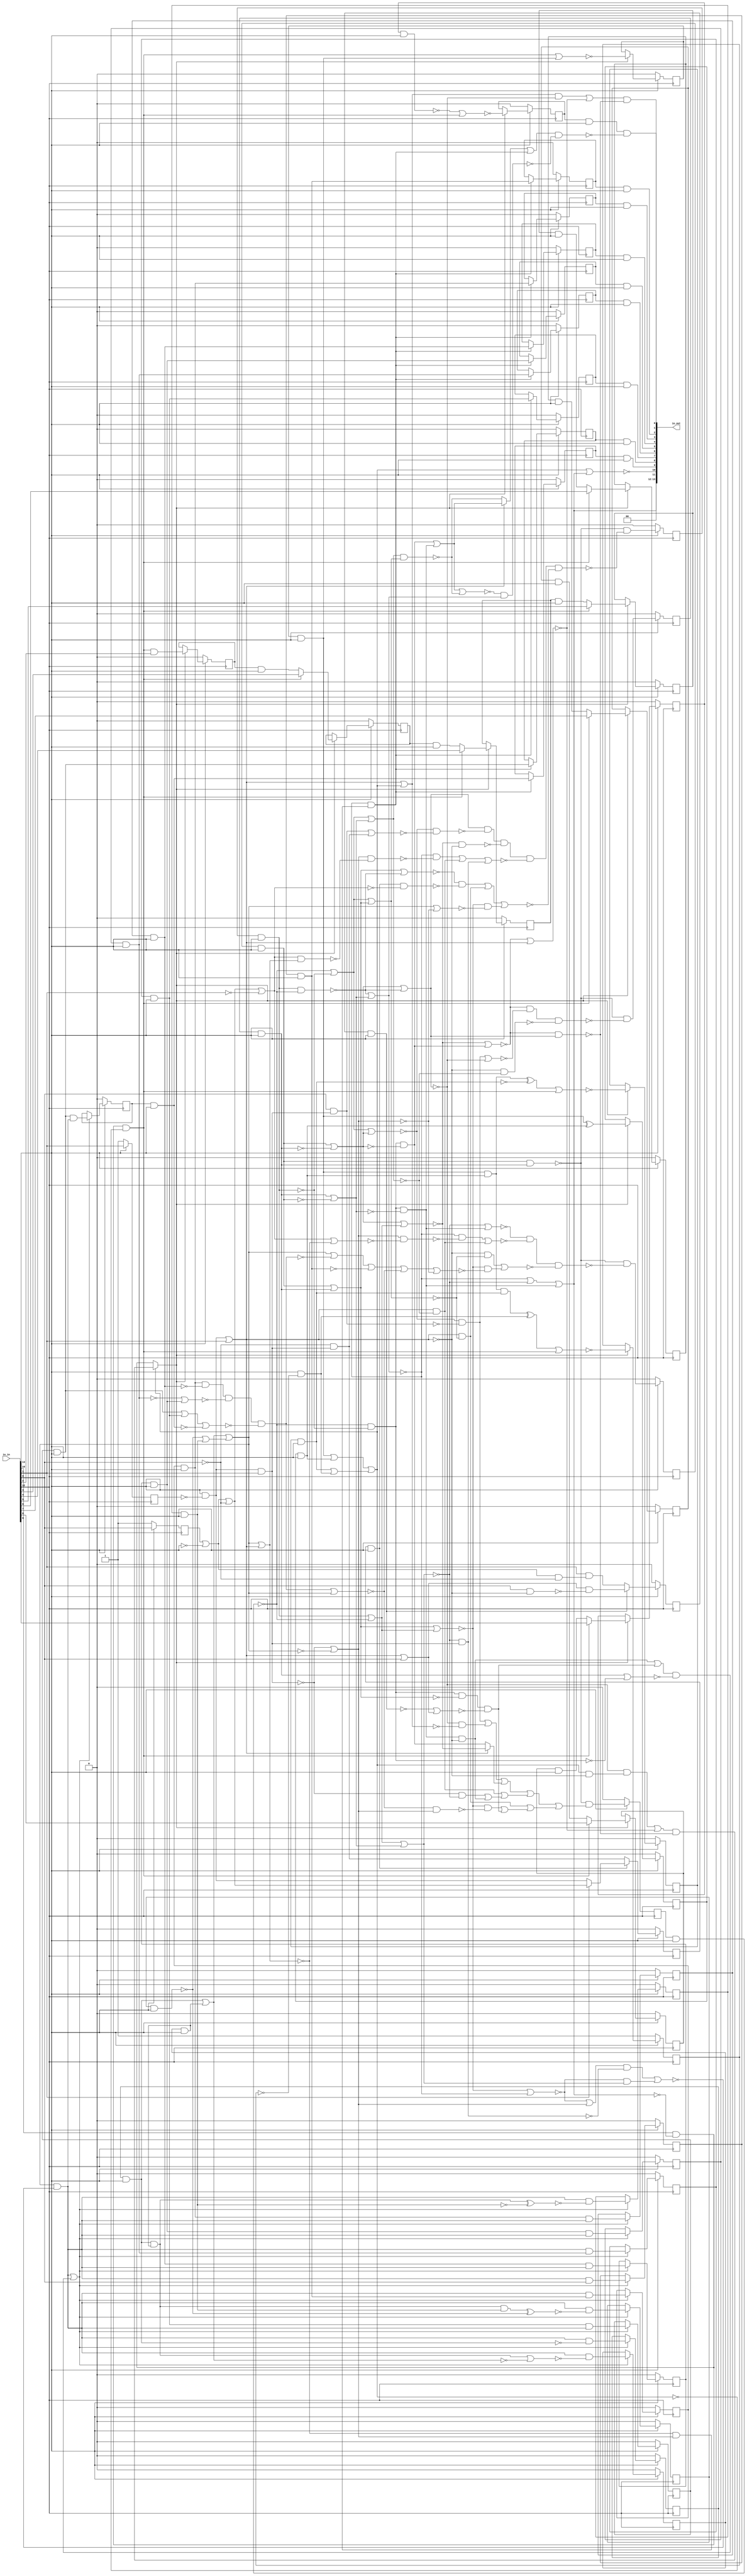
/* Generated by Yosys 0.36+3 (git sha1 a53032104, aarch64-apple-darwin20.2-clang 10.0.0-4ubuntu1 -fPIC -Os) */

/* top =  1  */
/* src = "d11_zhexic_i2cdriver/src/toplevel_chip.v:5.1-19.10" */
module d11_zhexic_i2cdriver(io_in, io_out);
  wire _000_;
  wire _001_;
  /* src = "d11_zhexic_i2cdriver/src/toplevel_chip.v:10.13-15.6|d11_zhexic_i2cdriver/src/chip.sv:205.10-206.73|d11_zhexic_i2cdriver/src/chip.sv:456.5-472.8|d11_zhexic_i2cdriver/src/chip.sv:10.15-13.53" */
  wire _002_;
  /* src = "d11_zhexic_i2cdriver/src/toplevel_chip.v:10.13-15.6|d11_zhexic_i2cdriver/src/chip.sv:205.10-206.73|d11_zhexic_i2cdriver/src/chip.sv:456.5-472.8|d11_zhexic_i2cdriver/src/chip.sv:10.15-13.53" */
  wire _003_;
  /* src = "d11_zhexic_i2cdriver/src/toplevel_chip.v:10.13-15.6|d11_zhexic_i2cdriver/src/chip.sv:205.10-206.73|d11_zhexic_i2cdriver/src/chip.sv:456.5-472.8|d11_zhexic_i2cdriver/src/chip.sv:10.15-13.53" */
  wire _004_;
  /* src = "d11_zhexic_i2cdriver/src/toplevel_chip.v:10.13-15.6|d11_zhexic_i2cdriver/src/chip.sv:205.10-206.73|d11_zhexic_i2cdriver/src/chip.sv:456.5-472.8|d11_zhexic_i2cdriver/src/chip.sv:10.15-13.53" */
  wire _005_;
  /* src = "d11_zhexic_i2cdriver/src/toplevel_chip.v:10.13-15.6|d11_zhexic_i2cdriver/src/chip.sv:205.10-206.73|d11_zhexic_i2cdriver/src/chip.sv:456.5-472.8|d11_zhexic_i2cdriver/src/chip.sv:10.15-13.53" */
  wire _006_;
  /* src = "d11_zhexic_i2cdriver/src/toplevel_chip.v:10.13-15.6|d11_zhexic_i2cdriver/src/chip.sv:205.10-206.73|d11_zhexic_i2cdriver/src/chip.sv:456.5-472.8|d11_zhexic_i2cdriver/src/chip.sv:10.15-13.53" */
  wire _007_;
  /* src = "d11_zhexic_i2cdriver/src/toplevel_chip.v:10.13-15.6|d11_zhexic_i2cdriver/src/chip.sv:205.10-206.73|d11_zhexic_i2cdriver/src/chip.sv:456.5-472.8|d11_zhexic_i2cdriver/src/chip.sv:10.15-13.53" */
  wire _008_;
  /* src = "d11_zhexic_i2cdriver/src/toplevel_chip.v:10.13-15.6|d11_zhexic_i2cdriver/src/chip.sv:205.10-206.73|d11_zhexic_i2cdriver/src/chip.sv:456.5-472.8|d11_zhexic_i2cdriver/src/chip.sv:10.15-13.53" */
  wire _009_;
  /* src = "d11_zhexic_i2cdriver/src/toplevel_chip.v:10.13-15.6|d11_zhexic_i2cdriver/src/chip.sv:205.10-206.73|d11_zhexic_i2cdriver/src/chip.sv:456.5-472.8|d11_zhexic_i2cdriver/src/chip.sv:10.15-13.53" */
  wire _010_;
  /* src = "d11_zhexic_i2cdriver/src/toplevel_chip.v:10.13-15.6|d11_zhexic_i2cdriver/src/chip.sv:205.10-206.73|d11_zhexic_i2cdriver/src/chip.sv:456.5-472.8|d11_zhexic_i2cdriver/src/chip.sv:10.15-13.53" */
  wire _011_;
  /* src = "d11_zhexic_i2cdriver/src/toplevel_chip.v:10.13-15.6|d11_zhexic_i2cdriver/src/chip.sv:205.10-206.73|d11_zhexic_i2cdriver/src/chip.sv:456.5-472.8|d11_zhexic_i2cdriver/src/chip.sv:10.15-13.53" */
  wire _012_;
  /* src = "d11_zhexic_i2cdriver/src/toplevel_chip.v:10.13-15.6|d11_zhexic_i2cdriver/src/chip.sv:205.10-206.73|d11_zhexic_i2cdriver/src/chip.sv:456.5-472.8|d11_zhexic_i2cdriver/src/chip.sv:10.15-13.53" */
  wire _013_;
  /* src = "d11_zhexic_i2cdriver/src/toplevel_chip.v:10.13-15.6|d11_zhexic_i2cdriver/src/chip.sv:205.10-206.73|d11_zhexic_i2cdriver/src/chip.sv:456.5-472.8|d11_zhexic_i2cdriver/src/chip.sv:10.15-13.53" */
  wire _014_;
  /* src = "d11_zhexic_i2cdriver/src/toplevel_chip.v:10.13-15.6|d11_zhexic_i2cdriver/src/chip.sv:193.10-194.71|d11_zhexic_i2cdriver/src/chip.sv:418.5-433.8|d11_zhexic_i2cdriver/src/chip.sv:10.15-13.53" */
  wire _015_;
  /* src = "d11_zhexic_i2cdriver/src/toplevel_chip.v:10.13-15.6|d11_zhexic_i2cdriver/src/chip.sv:193.10-194.71|d11_zhexic_i2cdriver/src/chip.sv:418.5-433.8|d11_zhexic_i2cdriver/src/chip.sv:10.15-13.53" */
  wire _016_;
  /* src = "d11_zhexic_i2cdriver/src/toplevel_chip.v:10.13-15.6|d11_zhexic_i2cdriver/src/chip.sv:193.10-194.71|d11_zhexic_i2cdriver/src/chip.sv:418.5-433.8|d11_zhexic_i2cdriver/src/chip.sv:10.15-13.53" */
  wire _017_;
  /* src = "d11_zhexic_i2cdriver/src/toplevel_chip.v:10.13-15.6|d11_zhexic_i2cdriver/src/chip.sv:193.10-194.71|d11_zhexic_i2cdriver/src/chip.sv:418.5-433.8|d11_zhexic_i2cdriver/src/chip.sv:10.15-13.53" */
  wire _018_;
  /* src = "d11_zhexic_i2cdriver/src/toplevel_chip.v:10.13-15.6|d11_zhexic_i2cdriver/src/chip.sv:193.10-194.71|d11_zhexic_i2cdriver/src/chip.sv:418.5-433.8|d11_zhexic_i2cdriver/src/chip.sv:10.15-13.53" */
  wire _019_;
  /* src = "d11_zhexic_i2cdriver/src/toplevel_chip.v:10.13-15.6|d11_zhexic_i2cdriver/src/chip.sv:193.10-194.71|d11_zhexic_i2cdriver/src/chip.sv:418.5-433.8|d11_zhexic_i2cdriver/src/chip.sv:10.15-13.53" */
  wire _020_;
  /* src = "d11_zhexic_i2cdriver/src/toplevel_chip.v:10.13-15.6|d11_zhexic_i2cdriver/src/chip.sv:193.10-194.71|d11_zhexic_i2cdriver/src/chip.sv:418.5-433.8|d11_zhexic_i2cdriver/src/chip.sv:10.15-13.53" */
  wire _021_;
  /* src = "d11_zhexic_i2cdriver/src/toplevel_chip.v:10.13-15.6|d11_zhexic_i2cdriver/src/chip.sv:193.10-194.71|d11_zhexic_i2cdriver/src/chip.sv:418.5-433.8|d11_zhexic_i2cdriver/src/chip.sv:10.15-13.53" */
  wire _022_;
  /* src = "d11_zhexic_i2cdriver/src/toplevel_chip.v:10.13-15.6|d11_zhexic_i2cdriver/src/chip.sv:193.10-194.71|d11_zhexic_i2cdriver/src/chip.sv:418.5-433.8|d11_zhexic_i2cdriver/src/chip.sv:10.15-13.53" */
  wire _023_;
  /* src = "d11_zhexic_i2cdriver/src/toplevel_chip.v:10.13-15.6|d11_zhexic_i2cdriver/src/chip.sv:193.10-194.71|d11_zhexic_i2cdriver/src/chip.sv:418.5-433.8|d11_zhexic_i2cdriver/src/chip.sv:10.15-13.53" */
  wire _024_;
  /* src = "d11_zhexic_i2cdriver/src/toplevel_chip.v:10.13-15.6|d11_zhexic_i2cdriver/src/chip.sv:193.10-194.71|d11_zhexic_i2cdriver/src/chip.sv:418.5-433.8|d11_zhexic_i2cdriver/src/chip.sv:10.15-13.53" */
  wire _025_;
  /* src = "d11_zhexic_i2cdriver/src/toplevel_chip.v:10.13-15.6|d11_zhexic_i2cdriver/src/chip.sv:193.10-194.71|d11_zhexic_i2cdriver/src/chip.sv:418.5-433.8|d11_zhexic_i2cdriver/src/chip.sv:10.15-13.53" */
  wire _026_;
  reg _027_;
  reg _028_;
  reg _029_;
  reg _030_;
  reg _031_;
  reg _032_;
  reg _033_;
  reg _034_;
  reg _035_;
  reg _036_;
  reg _037_;
  reg _038_;
  reg _039_;
  reg _040_;
  reg _041_;
  reg _042_;
  reg _043_;
  reg _044_;
  reg _045_;
  reg _046_;
  reg _047_;
  reg _048_;
  reg _049_;
  reg _050_;
  reg _051_;
  reg _052_;
  reg _053_;
  reg _054_;
  reg _055_;
  reg _056_;
  reg _057_;
  reg _058_;
  reg _059_;
  reg _060_;
  reg _061_;
  reg _062_;
  reg _063_;
  reg _064_;
  reg _065_;
  reg _066_;
  reg _067_;
  wire _068_;
  wire _069_;
  wire _070_;
  wire _071_;
  wire _072_;
  wire _073_;
  wire _074_;
  wire _075_;
  wire _076_;
  wire _077_;
  wire _078_;
  wire _079_;
  wire _080_;
  wire _081_;
  wire _082_;
  wire _083_;
  wire _084_;
  wire _085_;
  wire _086_;
  wire _087_;
  wire _088_;
  wire _089_;
  wire _090_;
  wire _091_;
  wire _092_;
  wire _093_;
  wire _094_;
  wire _095_;
  wire _096_;
  wire _097_;
  wire _098_;
  wire _099_;
  wire _100_;
  wire _101_;
  wire _102_;
  wire _103_;
  wire _104_;
  wire _105_;
  wire _106_;
  wire _107_;
  wire _108_;
  wire _109_;
  wire _110_;
  wire _111_;
  wire _112_;
  wire _113_;
  wire _114_;
  wire _115_;
  wire _116_;
  wire _117_;
  wire _118_;
  wire _119_;
  wire _120_;
  wire _121_;
  wire _122_;
  wire _123_;
  wire _124_;
  wire _125_;
  wire _126_;
  wire _127_;
  wire _128_;
  wire _129_;
  wire _130_;
  wire _131_;
  wire _132_;
  wire _133_;
  wire _134_;
  wire _135_;
  wire _136_;
  wire _137_;
  wire _138_;
  wire _139_;
  wire _140_;
  wire _141_;
  wire _142_;
  wire _143_;
  wire _144_;
  wire _145_;
  wire _146_;
  wire _147_;
  wire _148_;
  wire _149_;
  wire _150_;
  wire _151_;
  wire _152_;
  wire _153_;
  wire _154_;
  wire _155_;
  wire _156_;
  wire _157_;
  wire _158_;
  wire _159_;
  wire _160_;
  wire _161_;
  wire _162_;
  wire _163_;
  wire _164_;
  wire _165_;
  wire _166_;
  wire _167_;
  wire _168_;
  wire _169_;
  wire _170_;
  wire _171_;
  wire _172_;
  wire _173_;
  wire _174_;
  wire _175_;
  wire _176_;
  wire _177_;
  wire _178_;
  wire _179_;
  wire _180_;
  wire _181_;
  wire _182_;
  wire _183_;
  wire _184_;
  wire _185_;
  wire _186_;
  wire _187_;
  wire _188_;
  wire _189_;
  wire _190_;
  wire _191_;
  wire _192_;
  wire _193_;
  wire _194_;
  wire _195_;
  wire _196_;
  wire _197_;
  wire _198_;
  wire _199_;
  wire _200_;
  wire _201_;
  wire _202_;
  wire _203_;
  wire _204_;
  wire _205_;
  wire _206_;
  wire _207_;
  wire _208_;
  wire _209_;
  wire _210_;
  wire _211_;
  wire _212_;
  wire _213_;
  wire _214_;
  wire _215_;
  wire _216_;
  wire _217_;
  wire _218_;
  wire _219_;
  wire _220_;
  wire _221_;
  wire _222_;
  wire _223_;
  wire _224_;
  wire _225_;
  wire _226_;
  wire _227_;
  wire _228_;
  wire _229_;
  wire _230_;
  wire _231_;
  wire _232_;
  wire _233_;
  wire _234_;
  wire _235_;
  wire _236_;
  wire _237_;
  wire _238_;
  wire _239_;
  wire _240_;
  wire _241_;
  wire _242_;
  wire _243_;
  /* src = "d11_zhexic_i2cdriver/src/toplevel_chip.v:6.18-6.23" */
  input [13:0] io_in;
  wire [13:0] io_in;
  /* src = "d11_zhexic_i2cdriver/src/toplevel_chip.v:7.19-7.25" */
  output [13:0] io_out;
  wire [13:0] io_out;
  /* hdlname = "mchip clock" */
  /* src = "d11_zhexic_i2cdriver/src/toplevel_chip.v:10.13-15.6|d11_zhexic_i2cdriver/src/chip.sv:6.17-6.22" */
  wire \mchip.clock ;
  /* hdlname = "mchip io_in" */
  /* src = "d11_zhexic_i2cdriver/src/toplevel_chip.v:10.13-15.6|d11_zhexic_i2cdriver/src/chip.sv:4.24-4.29" */
  /* unused_bits = "11" */
  wire [11:0] \mchip.io_in ;
  /* hdlname = "mchip io_out" */
  /* src = "d11_zhexic_i2cdriver/src/toplevel_chip.v:10.13-15.6|d11_zhexic_i2cdriver/src/chip.sv:5.25-5.31" */
  wire [11:0] \mchip.io_out ;
  /* hdlname = "mchip reset" */
  /* src = "d11_zhexic_i2cdriver/src/toplevel_chip.v:10.13-15.6|d11_zhexic_i2cdriver/src/chip.sv:7.17-7.22" */
  wire \mchip.reset ;
  /* hdlname = "mchip slv SCL" */
  /* src = "d11_zhexic_i2cdriver/src/toplevel_chip.v:10.13-15.6|d11_zhexic_i2cdriver/src/chip.sv:24.18-24.21|d11_zhexic_i2cdriver/src/chip.sv:10.15-13.53" */
  wire \mchip.slv.SCL ;
  /* hdlname = "mchip slv SDA_in" */
  /* src = "d11_zhexic_i2cdriver/src/toplevel_chip.v:10.13-15.6|d11_zhexic_i2cdriver/src/chip.sv:22.18-22.24|d11_zhexic_i2cdriver/src/chip.sv:10.15-13.53" */
  wire \mchip.slv.SDA_in ;
  /* hdlname = "mchip slv SDA_out" */
  /* src = "d11_zhexic_i2cdriver/src/toplevel_chip.v:10.13-15.6|d11_zhexic_i2cdriver/src/chip.sv:23.18-23.25|d11_zhexic_i2cdriver/src/chip.sv:10.15-13.53" */
  wire \mchip.slv.SDA_out ;
  /* hdlname = "mchip slv clock" */
  /* src = "d11_zhexic_i2cdriver/src/toplevel_chip.v:10.13-15.6|d11_zhexic_i2cdriver/src/chip.sv:19.17-19.22|d11_zhexic_i2cdriver/src/chip.sv:10.15-13.53" */
  wire \mchip.slv.clock ;
  /* hdlname = "mchip slv data_in" */
  /* src = "d11_zhexic_i2cdriver/src/toplevel_chip.v:10.13-15.6|d11_zhexic_i2cdriver/src/chip.sv:28.24-28.31|d11_zhexic_i2cdriver/src/chip.sv:10.15-13.53" */
  wire [7:0] \mchip.slv.data_in ;
  /* hdlname = "mchip slv data_incoming" */
  /* src = "d11_zhexic_i2cdriver/src/toplevel_chip.v:10.13-15.6|d11_zhexic_i2cdriver/src/chip.sv:32.19-32.32|d11_zhexic_i2cdriver/src/chip.sv:10.15-13.53" */
  wire \mchip.slv.data_incoming ;
  /* hdlname = "mchip slv data_out" */
  /* src = "d11_zhexic_i2cdriver/src/toplevel_chip.v:10.13-15.6|d11_zhexic_i2cdriver/src/chip.sv:29.24-29.32|d11_zhexic_i2cdriver/src/chip.sv:10.15-13.53" */
  wire [7:0] \mchip.slv.data_out ;
  /* enum_type = "$enum4" */
  /* hdlname = "mchip slv nextstate" */
  /* src = "d11_zhexic_i2cdriver/src/toplevel_chip.v:10.13-15.6|d11_zhexic_i2cdriver/src/chip.sv:233.30-233.39|d11_zhexic_i2cdriver/src/chip.sv:10.15-13.53" */
  wire [3:0] \mchip.slv.nextstate ;
  /* hdlname = "mchip slv r1w0" */
  /* src = "d11_zhexic_i2cdriver/src/toplevel_chip.v:10.13-15.6|d11_zhexic_i2cdriver/src/chip.sv:212.11-212.15|d11_zhexic_i2cdriver/src/chip.sv:10.15-13.53" */
  wire \mchip.slv.r1w0 ;
  /* hdlname = "mchip slv register_out" */
  /* src = "d11_zhexic_i2cdriver/src/toplevel_chip.v:10.13-15.6|d11_zhexic_i2cdriver/src/chip.sv:197.17-197.29|d11_zhexic_i2cdriver/src/chip.sv:10.15-13.53" */
  wire [7:0] \mchip.slv.register_out ;
  /* hdlname = "mchip slv reset" */
  /* src = "d11_zhexic_i2cdriver/src/toplevel_chip.v:10.13-15.6|d11_zhexic_i2cdriver/src/chip.sv:19.24-19.29|d11_zhexic_i2cdriver/src/chip.sv:10.15-13.53" */
  wire \mchip.slv.reset ;
  /* hdlname = "mchip slv scl_high" */
  /* src = "d11_zhexic_i2cdriver/src/toplevel_chip.v:10.13-15.6|d11_zhexic_i2cdriver/src/chip.sv:42.31-42.39|d11_zhexic_i2cdriver/src/chip.sv:10.15-13.53" */
  wire \mchip.slv.scl_high ;
  /* enum_type = "$enum0" */
  /* hdlname = "mchip slv scl_nextstate" */
  /* src = "d11_zhexic_i2cdriver/src/toplevel_chip.v:10.13-15.6|d11_zhexic_i2cdriver/src/chip.sv:41.40-41.53|d11_zhexic_i2cdriver/src/chip.sv:10.15-13.53" */
  wire \mchip.slv.scl_nextstate ;
  /* hdlname = "mchip slv sda_high" */
  /* src = "d11_zhexic_i2cdriver/src/toplevel_chip.v:10.13-15.6|d11_zhexic_i2cdriver/src/chip.sv:45.31-45.39|d11_zhexic_i2cdriver/src/chip.sv:10.15-13.53" */
  wire \mchip.slv.sda_high ;
  /* enum_type = "$enum1" */
  /* hdlname = "mchip slv sda_nextstate" */
  /* src = "d11_zhexic_i2cdriver/src/toplevel_chip.v:10.13-15.6|d11_zhexic_i2cdriver/src/chip.sv:44.40-44.53|d11_zhexic_i2cdriver/src/chip.sv:10.15-13.53" */
  wire \mchip.slv.sda_nextstate ;
  /* hdlname = "mchip slv sipo_out" */
  /* src = "d11_zhexic_i2cdriver/src/toplevel_chip.v:10.13-15.6|d11_zhexic_i2cdriver/src/chip.sv:191.17-191.25|d11_zhexic_i2cdriver/src/chip.sv:10.15-13.53" */
  wire [7:0] \mchip.slv.sipo_out ;
  /* enum_type = "$enum2" */
  /* hdlname = "mchip slv start_nextstate" */
  /* src = "d11_zhexic_i2cdriver/src/toplevel_chip.v:10.13-15.6|d11_zhexic_i2cdriver/src/chip.sv:47.51-47.66|d11_zhexic_i2cdriver/src/chip.sv:10.15-13.53" */
  wire \mchip.slv.start_nextstate ;
  /* enum_type = "$enum3" */
  /* hdlname = "mchip slv stop_nextstate" */
  /* src = "d11_zhexic_i2cdriver/src/toplevel_chip.v:10.13-15.6|d11_zhexic_i2cdriver/src/chip.sv:50.49-50.63|d11_zhexic_i2cdriver/src/chip.sv:10.15-13.53" */
  wire \mchip.slv.stop_nextstate ;
  /* hdlname = "mchip slv store" */
  /* src = "d11_zhexic_i2cdriver/src/toplevel_chip.v:10.13-15.6|d11_zhexic_i2cdriver/src/chip.sv:196.11-196.16|d11_zhexic_i2cdriver/src/chip.sv:10.15-13.53" */
  wire \mchip.slv.store ;
  /* hdlname = "mchip slv the_piso clock" */
  /* src = "d11_zhexic_i2cdriver/src/toplevel_chip.v:10.13-15.6|d11_zhexic_i2cdriver/src/chip.sv:205.10-206.73|d11_zhexic_i2cdriver/src/chip.sv:439.29-439.34|d11_zhexic_i2cdriver/src/chip.sv:10.15-13.53" */
  wire \mchip.slv.the_piso.clock ;
  /* hdlname = "mchip slv the_piso data_in" */
  /* src = "d11_zhexic_i2cdriver/src/toplevel_chip.v:10.13-15.6|d11_zhexic_i2cdriver/src/chip.sv:205.10-206.73|d11_zhexic_i2cdriver/src/chip.sv:438.24-438.31|d11_zhexic_i2cdriver/src/chip.sv:10.15-13.53" */
  wire [7:0] \mchip.slv.the_piso.data_in ;
  /* hdlname = "mchip slv the_piso reset" */
  /* src = "d11_zhexic_i2cdriver/src/toplevel_chip.v:10.13-15.6|d11_zhexic_i2cdriver/src/chip.sv:205.10-206.73|d11_zhexic_i2cdriver/src/chip.sv:439.36-439.41|d11_zhexic_i2cdriver/src/chip.sv:10.15-13.53" */
  wire \mchip.slv.the_piso.reset ;
  /* hdlname = "mchip slv the_reg clock" */
  /* src = "d11_zhexic_i2cdriver/src/toplevel_chip.v:10.13-15.6|d11_zhexic_i2cdriver/src/chip.sv:199.14-200.38|d11_zhexic_i2cdriver/src/chip.sv:481.29-481.34|d11_zhexic_i2cdriver/src/chip.sv:10.15-13.53" */
  wire \mchip.slv.the_reg.clock ;
  /* hdlname = "mchip slv the_reg enable" */
  /* src = "d11_zhexic_i2cdriver/src/toplevel_chip.v:10.13-15.6|d11_zhexic_i2cdriver/src/chip.sv:199.14-200.38|d11_zhexic_i2cdriver/src/chip.sv:482.29-482.35|d11_zhexic_i2cdriver/src/chip.sv:10.15-13.53" */
  wire \mchip.slv.the_reg.enable ;
  /* hdlname = "mchip slv the_reg in" */
  /* src = "d11_zhexic_i2cdriver/src/toplevel_chip.v:10.13-15.6|d11_zhexic_i2cdriver/src/chip.sv:199.14-200.38|d11_zhexic_i2cdriver/src/chip.sv:479.29-479.31|d11_zhexic_i2cdriver/src/chip.sv:10.15-13.53" */
  wire [7:0] \mchip.slv.the_reg.in ;
  /* hdlname = "mchip slv the_reg out" */
  /* src = "d11_zhexic_i2cdriver/src/toplevel_chip.v:10.13-15.6|d11_zhexic_i2cdriver/src/chip.sv:199.14-200.38|d11_zhexic_i2cdriver/src/chip.sv:480.29-480.32|d11_zhexic_i2cdriver/src/chip.sv:10.15-13.53" */
  wire [7:0] \mchip.slv.the_reg.out ;
  /* hdlname = "mchip slv the_reg reset" */
  /* src = "d11_zhexic_i2cdriver/src/toplevel_chip.v:10.13-15.6|d11_zhexic_i2cdriver/src/chip.sv:199.14-200.38|d11_zhexic_i2cdriver/src/chip.sv:481.36-481.41|d11_zhexic_i2cdriver/src/chip.sv:10.15-13.53" */
  wire \mchip.slv.the_reg.reset ;
  /* hdlname = "mchip slv the_sipo clock" */
  /* src = "d11_zhexic_i2cdriver/src/toplevel_chip.v:10.13-15.6|d11_zhexic_i2cdriver/src/chip.sv:193.10-194.71|d11_zhexic_i2cdriver/src/chip.sv:408.29-408.34|d11_zhexic_i2cdriver/src/chip.sv:10.15-13.53" */
  wire \mchip.slv.the_sipo.clock ;
  /* hdlname = "mchip slv the_sipo data_in" */
  /* src = "d11_zhexic_i2cdriver/src/toplevel_chip.v:10.13-15.6|d11_zhexic_i2cdriver/src/chip.sv:193.10-194.71|d11_zhexic_i2cdriver/src/chip.sv:407.29-407.36|d11_zhexic_i2cdriver/src/chip.sv:10.15-13.53" */
  wire \mchip.slv.the_sipo.data_in ;
  /* hdlname = "mchip slv the_sipo out" */
  /* src = "d11_zhexic_i2cdriver/src/toplevel_chip.v:10.13-15.6|d11_zhexic_i2cdriver/src/chip.sv:193.10-194.71|d11_zhexic_i2cdriver/src/chip.sv:410.29-410.32|d11_zhexic_i2cdriver/src/chip.sv:10.15-13.53" */
  wire [7:0] \mchip.slv.the_sipo.out ;
  /* hdlname = "mchip slv the_sipo reset" */
  /* src = "d11_zhexic_i2cdriver/src/toplevel_chip.v:10.13-15.6|d11_zhexic_i2cdriver/src/chip.sv:193.10-194.71|d11_zhexic_i2cdriver/src/chip.sv:408.36-408.41|d11_zhexic_i2cdriver/src/chip.sv:10.15-13.53" */
  wire \mchip.slv.the_sipo.reset ;
  /* hdlname = "mchip slv wr_down" */
  /* src = "d11_zhexic_i2cdriver/src/toplevel_chip.v:10.13-15.6|d11_zhexic_i2cdriver/src/chip.sv:30.27-30.34|d11_zhexic_i2cdriver/src/chip.sv:10.15-13.53" */
  wire \mchip.slv.wr_down ;
  /* hdlname = "mchip slv wr_up" */
  /* src = "d11_zhexic_i2cdriver/src/toplevel_chip.v:10.13-15.6|d11_zhexic_i2cdriver/src/chip.sv:25.18-25.23|d11_zhexic_i2cdriver/src/chip.sv:10.15-13.53" */
  wire \mchip.slv.wr_up ;
  /* hdlname = "mchip slv writeOK" */
  /* src = "d11_zhexic_i2cdriver/src/toplevel_chip.v:10.13-15.6|d11_zhexic_i2cdriver/src/chip.sv:30.18-30.25|d11_zhexic_i2cdriver/src/chip.sv:10.15-13.53" */
  wire \mchip.slv.writeOK ;
  assign _068_ = ~(_028_ & io_in[13]);
  assign _069_ = _029_ & io_in[13];
  assign _070_ = _068_ & ~(_069_);
  assign _071_ = _031_ & io_in[13];
  assign _072_ = _030_ & io_in[13];
  assign _073_ = _071_ | ~(_072_);
  assign _074_ = _070_ & ~(_073_);
  assign _075_ = _069_ | _068_;
  assign _076_ = ~(_075_ | _073_);
  assign _077_ = ~(_069_ & _068_);
  assign _078_ = ~(_077_ | _073_);
  assign _079_ = _078_ | _076_;
  assign \mchip.slv.wr_down  = _079_ | _074_;
  assign _080_ = io_in[10] & ~(\mchip.slv.wr_down );
  assign _081_ = io_in[13] & ~(_062_);
  assign _082_ = _061_ & io_in[13];
  assign _083_ = _082_ | _081_;
  assign _084_ = _060_ & io_in[13];
  assign _085_ = _059_ & io_in[13];
  assign _086_ = _085_ | _084_;
  assign _087_ = _086_ | _083_;
  assign _088_ = io_in[13] & ~(_027_);
  assign _089_ = _088_ | io_in[1];
  assign _090_ = _072_ | ~(_071_);
  assign _091_ = _070_ & ~(_090_);
  assign _092_ = ~(_090_ | _075_);
  assign _093_ = ~(_092_ | _091_);
  assign _094_ = ~(_093_ | _089_);
  assign _095_ = _087_ & ~(_089_);
  assign _096_ = ~(_090_ | _077_);
  assign _097_ = _096_ & _095_;
  assign _098_ = _097_ | _094_;
  assign _099_ = _093_ & ~(_096_);
  assign _100_ = _098_ & ~(_099_);
  assign _001_ = _087_ ? _100_ : _080_;
  assign _101_ = _066_ & io_in[13];
  assign _102_ = ~(_067_ & io_in[13]);
  assign _103_ = _102_ | _101_;
  assign _104_ = _065_ & io_in[13];
  assign _105_ = _064_ & io_in[13];
  assign _106_ = _105_ | _104_;
  assign _107_ = _106_ | _103_;
  assign _108_ = ~(_088_ & io_in[1]);
  assign _109_ = _108_ | ~(_107_);
  assign _110_ = ~(_107_ | _089_);
  assign _111_ = ~(_110_ & _109_);
  assign \mchip.slv.store  = _078_ & ~(_111_);
  assign _112_ = _072_ | _071_;
  assign _113_ = _070_ & ~(_112_);
  assign _114_ = _089_ | io_in[0];
  assign _115_ = ~(_033_ & io_in[13]);
  assign _116_ = _115_ | _114_;
  assign _117_ = _113_ & ~(_116_);
  assign _118_ = _074_ & ~(_089_);
  assign _119_ = _118_ | _117_;
  assign _120_ = _071_ | ~(_070_);
  assign _121_ = _119_ & ~(_120_);
  assign _122_ = ~(_112_ | _075_);
  assign _123_ = ~(_122_ | _078_);
  assign _124_ = _123_ & ~(_076_);
  assign _125_ = _123_ | _109_;
  assign _126_ = _076_ & ~(_108_);
  assign _127_ = _125_ & ~(_126_);
  assign _128_ = _127_ | _124_;
  assign _129_ = _107_ & ~(_128_);
  assign _000_ = _129_ | _121_;
  assign _130_ = _063_ & io_in[13];
  assign _131_ = ~_089_;
  assign _132_ = _068_ | ~(_069_);
  assign _133_ = _132_ | _112_;
  assign _134_ = _132_ | _073_;
  assign _135_ = ~(_134_ & _133_);
  assign _136_ = _091_ | _074_;
  assign _137_ = _089_ ? _136_ : _135_;
  assign _138_ = _137_ | \mchip.slv.store ;
  assign _139_ = ~(_136_ | _135_);
  assign _140_ = _139_ & ~(_078_);
  assign _141_ = _138_ & ~(_140_);
  assign \mchip.slv.SDA_out  = _130_ & ~(_141_);
  assign _142_ = ~io_in[0];
  assign _143_ = _142_ & ~(_108_);
  assign _144_ = _032_ & io_in[13];
  assign _145_ = _034_ | ~(io_in[13]);
  assign _146_ = _145_ | _142_;
  assign _147_ = io_in[1] ? _146_ : _088_;
  assign \mchip.slv.stop_nextstate  = _144_ ? _147_ : _143_;
  assign _148_ = ~(_145_ & _142_);
  assign _149_ = io_in[1] & ~(_148_);
  assign _150_ = io_in[0] & ~(_089_);
  assign _151_ = _114_ & ~(_150_);
  assign \mchip.slv.start_nextstate  = _115_ ? _149_ : _151_;
  assign _019_ = _129_ & ~(_142_);
  assign _152_ = ~(_035_ & io_in[13]);
  assign \mchip.slv.r1w0  = ~_152_;
  assign _020_ = _129_ & ~(_152_);
  assign \mchip.slv.the_sipo.out [1] = _036_ & io_in[13];
  assign _021_ = \mchip.slv.the_sipo.out [1] & _129_;
  assign \mchip.slv.the_sipo.out [2] = _037_ & io_in[13];
  assign _022_ = \mchip.slv.the_sipo.out [2] & _129_;
  assign \mchip.slv.the_sipo.out [3] = _038_ & io_in[13];
  assign _023_ = \mchip.slv.the_sipo.out [3] & _129_;
  assign _153_ = ~(_039_ & io_in[13]);
  assign \mchip.slv.the_sipo.out [4] = ~_153_;
  assign _024_ = _129_ & ~(_153_);
  assign \mchip.slv.the_sipo.out [5] = _040_ & io_in[13];
  assign _025_ = \mchip.slv.the_sipo.out [5] & _129_;
  assign \mchip.slv.the_sipo.out [6] = _041_ & io_in[13];
  assign _026_ = \mchip.slv.the_sipo.out [6] & _129_;
  assign _015_ = _129_ & ~(_105_);
  assign _154_ = _105_ & _104_;
  assign _155_ = _154_ | ~(_106_);
  assign _016_ = _129_ & ~(_155_);
  assign _156_ = ~_101_;
  assign _157_ = _154_ ^ _156_;
  assign _017_ = _129_ & ~(_157_);
  assign _158_ = _154_ & ~(_156_);
  assign _159_ = _158_ ^ _102_;
  assign _018_ = _129_ & ~(_159_);
  assign _160_ = _080_ & ~(_087_);
  assign _161_ = ~(_058_ & io_in[13]);
  assign _006_ = ~(_161_ | _160_);
  assign _002_ = ~(_160_ | _085_);
  assign _003_ = _085_ ^ _084_;
  assign _162_ = ~_082_;
  assign _163_ = _085_ & _084_;
  assign _164_ = _163_ ^ _162_;
  assign _004_ = ~(_164_ | _160_);
  assign _165_ = _163_ & ~(_162_);
  assign _166_ = _165_ ^ _081_;
  assign _005_ = ~(_166_ | _160_);
  assign _007_ = _160_ & io_in[2];
  assign _167_ = _051_ & io_in[13];
  assign _008_ = _160_ ? io_in[3] : _167_;
  assign _168_ = _052_ & io_in[13];
  assign _009_ = _160_ ? io_in[4] : _168_;
  assign _169_ = _053_ & io_in[13];
  assign _010_ = _160_ ? io_in[5] : _169_;
  assign _170_ = _054_ & io_in[13];
  assign _011_ = _160_ ? io_in[6] : _170_;
  assign _171_ = _055_ & io_in[13];
  assign _012_ = _160_ ? io_in[7] : _171_;
  assign _172_ = _056_ & io_in[13];
  assign _013_ = _160_ ? io_in[8] : _172_;
  assign _173_ = _057_ & io_in[13];
  assign _014_ = _160_ ? io_in[9] : _173_;
  assign _174_ = ~_096_;
  assign _175_ = _089_ | _087_;
  assign _176_ = _175_ & ~(_174_);
  assign _177_ = _176_ | _094_;
  assign \mchip.slv.wr_up  = _177_ & ~(_099_);
  assign _178_ = ~(_042_ & io_in[13]);
  assign \mchip.slv.the_sipo.out [7] = ~_178_;
  assign _179_ = ~_109_;
  assign _180_ = \mchip.slv.the_sipo.out [1] & ~(\mchip.slv.the_sipo.out [2]);
  assign _181_ = _153_ | \mchip.slv.the_sipo.out [3];
  assign _182_ = _180_ & ~(_181_);
  assign _183_ = \mchip.slv.the_sipo.out [6] | \mchip.slv.the_sipo.out [5];
  assign _184_ = _183_ | _178_;
  assign _185_ = _182_ & ~(_184_);
  assign _186_ = ~(_185_ | _107_);
  assign _187_ = _186_ & ~(_179_);
  assign _188_ = _122_ & ~(_187_);
  assign _189_ = _188_ | _117_;
  assign _190_ = _089_ & ~(_133_);
  assign _191_ = _190_ | _189_;
  assign _192_ = _108_ & _076_;
  assign _193_ = _192_ | _118_;
  assign _194_ = _089_ & ~(_134_);
  assign _195_ = _194_ | _193_;
  assign _196_ = _089_ ? _092_ : _091_;
  assign _197_ = _096_ & ~(_175_);
  assign _198_ = io_in[0] & ~(_108_);
  assign _199_ = ~(_132_ | _090_);
  assign _200_ = _199_ & ~(_198_);
  assign _201_ = _200_ | _197_;
  assign _202_ = _201_ | _196_;
  assign _203_ = _202_ | _195_;
  assign _204_ = _203_ | _191_;
  assign _205_ = ~(_072_ & _071_);
  assign \mchip.slv.nextstate [0] = _205_ & _204_;
  assign _206_ = _198_ | _143_;
  assign _207_ = _199_ & ~(_206_);
  assign _208_ = _174_ & ~(_207_);
  assign _209_ = _092_ & ~(_089_);
  assign _210_ = _208_ & ~(_209_);
  assign _211_ = _146_ | ~(io_in[1]);
  assign _212_ = _211_ & ~(_110_);
  assign _213_ = _109_ & ~(_212_);
  assign _214_ = _078_ & ~(_213_);
  assign _215_ = _214_ | _194_;
  assign _216_ = _215_ | _126_;
  assign _217_ = _210_ & ~(_216_);
  assign _218_ = _107_ | ~(_109_);
  assign _219_ = _122_ & ~(_218_);
  assign _220_ = ~(_112_ | _077_);
  assign _221_ = _144_ & ~(_211_);
  assign _222_ = _220_ & ~(_221_);
  assign _223_ = _222_ | _190_;
  assign _224_ = _223_ | _219_;
  assign _225_ = _217_ & ~(_224_);
  assign \mchip.slv.nextstate [1] = _205_ & ~(_225_);
  assign _226_ = ~(_076_ | _074_);
  assign _227_ = _211_ | _110_;
  assign _228_ = _109_ & ~(_227_);
  assign _229_ = _078_ & ~(_228_);
  assign _230_ = _229_ | _194_;
  assign _231_ = _226_ & ~(_230_);
  assign _232_ = _107_ | ~(_185_);
  assign _233_ = _232_ | _152_;
  assign _234_ = _233_ | _186_;
  assign _235_ = _234_ | _179_;
  assign _236_ = _122_ & ~(_235_);
  assign _237_ = _131_ & ~(_133_);
  assign _238_ = _237_ | _236_;
  assign _239_ = _231_ & ~(_238_);
  assign \mchip.slv.nextstate [2] = _205_ & ~(_239_);
  assign _240_ = _200_ | _096_;
  assign _241_ = _093_ & ~(_240_);
  assign _242_ = _131_ & ~(_134_);
  assign _243_ = _241_ & ~(_242_);
  assign \mchip.slv.nextstate [3] = _205_ & ~(_243_);
  assign \mchip.slv.writeOK  = ~(_087_ | \mchip.slv.wr_down );
  assign io_out[2] = _043_ & io_in[13];
  assign io_out[3] = _044_ & io_in[13];
  assign io_out[4] = _045_ & io_in[13];
  assign io_out[5] = _046_ & io_in[13];
  assign io_out[6] = _047_ & io_in[13];
  assign io_out[7] = _048_ & io_in[13];
  assign io_out[8] = _049_ & io_in[13];
  assign io_out[9] = _050_ & io_in[13];
  /* \always_ff  = 32'd1 */
  /* src = "d11_zhexic_i2cdriver/src/toplevel_chip.v:10.13-15.6|d11_zhexic_i2cdriver/src/chip.sv:171.5-184.8|d11_zhexic_i2cdriver/src/chip.sv:10.15-13.53" */
  always @(posedge io_in[12])
    if (!io_in[13]) _027_ <= 1'h1;
    else _027_ <= io_in[1];
  /* \always_ff  = 32'd1 */
  /* src = "d11_zhexic_i2cdriver/src/toplevel_chip.v:10.13-15.6|d11_zhexic_i2cdriver/src/chip.sv:394.5-399.8|d11_zhexic_i2cdriver/src/chip.sv:10.15-13.53" */
  always @(posedge io_in[12])
    if (!io_in[13]) _028_ <= 1'h0;
    else _028_ <= \mchip.slv.nextstate [0];
  /* \always_ff  = 32'd1 */
  /* src = "d11_zhexic_i2cdriver/src/toplevel_chip.v:10.13-15.6|d11_zhexic_i2cdriver/src/chip.sv:394.5-399.8|d11_zhexic_i2cdriver/src/chip.sv:10.15-13.53" */
  always @(posedge io_in[12])
    if (!io_in[13]) _029_ <= 1'h0;
    else _029_ <= \mchip.slv.nextstate [1];
  /* \always_ff  = 32'd1 */
  /* src = "d11_zhexic_i2cdriver/src/toplevel_chip.v:10.13-15.6|d11_zhexic_i2cdriver/src/chip.sv:394.5-399.8|d11_zhexic_i2cdriver/src/chip.sv:10.15-13.53" */
  always @(posedge io_in[12])
    if (!io_in[13]) _030_ <= 1'h0;
    else _030_ <= \mchip.slv.nextstate [2];
  /* \always_ff  = 32'd1 */
  /* src = "d11_zhexic_i2cdriver/src/toplevel_chip.v:10.13-15.6|d11_zhexic_i2cdriver/src/chip.sv:394.5-399.8|d11_zhexic_i2cdriver/src/chip.sv:10.15-13.53" */
  always @(posedge io_in[12])
    if (!io_in[13]) _031_ <= 1'h0;
    else _031_ <= \mchip.slv.nextstate [3];
  /* \always_ff  = 32'd1 */
  /* src = "d11_zhexic_i2cdriver/src/toplevel_chip.v:10.13-15.6|d11_zhexic_i2cdriver/src/chip.sv:171.5-184.8|d11_zhexic_i2cdriver/src/chip.sv:10.15-13.53" */
  always @(posedge io_in[12])
    if (!io_in[13]) _032_ <= 1'h0;
    else _032_ <= \mchip.slv.stop_nextstate ;
  /* \always_ff  = 32'd1 */
  /* src = "d11_zhexic_i2cdriver/src/toplevel_chip.v:10.13-15.6|d11_zhexic_i2cdriver/src/chip.sv:171.5-184.8|d11_zhexic_i2cdriver/src/chip.sv:10.15-13.53" */
  always @(posedge io_in[12])
    if (!io_in[13]) _033_ <= 1'h0;
    else _033_ <= \mchip.slv.start_nextstate ;
  /* \always_ff  = 32'd1 */
  /* src = "d11_zhexic_i2cdriver/src/toplevel_chip.v:10.13-15.6|d11_zhexic_i2cdriver/src/chip.sv:171.5-184.8|d11_zhexic_i2cdriver/src/chip.sv:10.15-13.53" */
  always @(posedge io_in[12])
    if (!io_in[13]) _034_ <= 1'h1;
    else _034_ <= io_in[0];
  /* \always_ff  = 32'd1 */
  /* src = "d11_zhexic_i2cdriver/src/toplevel_chip.v:10.13-15.6|d11_zhexic_i2cdriver/src/chip.sv:193.10-194.71|d11_zhexic_i2cdriver/src/chip.sv:418.5-433.8|d11_zhexic_i2cdriver/src/chip.sv:10.15-13.53" */
  always @(posedge io_in[12])
    if (!io_in[13]) _035_ <= 1'h0;
    else if (_000_) _035_ <= _019_;
  /* \always_ff  = 32'd1 */
  /* src = "d11_zhexic_i2cdriver/src/toplevel_chip.v:10.13-15.6|d11_zhexic_i2cdriver/src/chip.sv:193.10-194.71|d11_zhexic_i2cdriver/src/chip.sv:418.5-433.8|d11_zhexic_i2cdriver/src/chip.sv:10.15-13.53" */
  always @(posedge io_in[12])
    if (!io_in[13]) _036_ <= 1'h0;
    else if (_000_) _036_ <= _020_;
  /* \always_ff  = 32'd1 */
  /* src = "d11_zhexic_i2cdriver/src/toplevel_chip.v:10.13-15.6|d11_zhexic_i2cdriver/src/chip.sv:193.10-194.71|d11_zhexic_i2cdriver/src/chip.sv:418.5-433.8|d11_zhexic_i2cdriver/src/chip.sv:10.15-13.53" */
  always @(posedge io_in[12])
    if (!io_in[13]) _037_ <= 1'h0;
    else if (_000_) _037_ <= _021_;
  /* \always_ff  = 32'd1 */
  /* src = "d11_zhexic_i2cdriver/src/toplevel_chip.v:10.13-15.6|d11_zhexic_i2cdriver/src/chip.sv:193.10-194.71|d11_zhexic_i2cdriver/src/chip.sv:418.5-433.8|d11_zhexic_i2cdriver/src/chip.sv:10.15-13.53" */
  always @(posedge io_in[12])
    if (!io_in[13]) _038_ <= 1'h0;
    else if (_000_) _038_ <= _022_;
  /* \always_ff  = 32'd1 */
  /* src = "d11_zhexic_i2cdriver/src/toplevel_chip.v:10.13-15.6|d11_zhexic_i2cdriver/src/chip.sv:193.10-194.71|d11_zhexic_i2cdriver/src/chip.sv:418.5-433.8|d11_zhexic_i2cdriver/src/chip.sv:10.15-13.53" */
  always @(posedge io_in[12])
    if (!io_in[13]) _039_ <= 1'h0;
    else if (_000_) _039_ <= _023_;
  /* \always_ff  = 32'd1 */
  /* src = "d11_zhexic_i2cdriver/src/toplevel_chip.v:10.13-15.6|d11_zhexic_i2cdriver/src/chip.sv:193.10-194.71|d11_zhexic_i2cdriver/src/chip.sv:418.5-433.8|d11_zhexic_i2cdriver/src/chip.sv:10.15-13.53" */
  always @(posedge io_in[12])
    if (!io_in[13]) _040_ <= 1'h0;
    else if (_000_) _040_ <= _024_;
  /* \always_ff  = 32'd1 */
  /* src = "d11_zhexic_i2cdriver/src/toplevel_chip.v:10.13-15.6|d11_zhexic_i2cdriver/src/chip.sv:193.10-194.71|d11_zhexic_i2cdriver/src/chip.sv:418.5-433.8|d11_zhexic_i2cdriver/src/chip.sv:10.15-13.53" */
  always @(posedge io_in[12])
    if (!io_in[13]) _041_ <= 1'h0;
    else if (_000_) _041_ <= _025_;
  /* \always_ff  = 32'd1 */
  /* src = "d11_zhexic_i2cdriver/src/toplevel_chip.v:10.13-15.6|d11_zhexic_i2cdriver/src/chip.sv:193.10-194.71|d11_zhexic_i2cdriver/src/chip.sv:418.5-433.8|d11_zhexic_i2cdriver/src/chip.sv:10.15-13.53" */
  always @(posedge io_in[12])
    if (!io_in[13]) _042_ <= 1'h0;
    else if (_000_) _042_ <= _026_;
  /* \always_ff  = 32'd1 */
  /* src = "d11_zhexic_i2cdriver/src/toplevel_chip.v:10.13-15.6|d11_zhexic_i2cdriver/src/chip.sv:199.14-200.38|d11_zhexic_i2cdriver/src/chip.sv:485.5-491.8|d11_zhexic_i2cdriver/src/chip.sv:10.15-13.53" */
  always @(posedge io_in[12])
    if (!io_in[13]) _043_ <= 1'h0;
    else if (\mchip.slv.store ) _043_ <= \mchip.slv.r1w0 ;
  /* \always_ff  = 32'd1 */
  /* src = "d11_zhexic_i2cdriver/src/toplevel_chip.v:10.13-15.6|d11_zhexic_i2cdriver/src/chip.sv:199.14-200.38|d11_zhexic_i2cdriver/src/chip.sv:485.5-491.8|d11_zhexic_i2cdriver/src/chip.sv:10.15-13.53" */
  always @(posedge io_in[12])
    if (!io_in[13]) _044_ <= 1'h0;
    else if (\mchip.slv.store ) _044_ <= \mchip.slv.the_sipo.out [1];
  /* \always_ff  = 32'd1 */
  /* src = "d11_zhexic_i2cdriver/src/toplevel_chip.v:10.13-15.6|d11_zhexic_i2cdriver/src/chip.sv:199.14-200.38|d11_zhexic_i2cdriver/src/chip.sv:485.5-491.8|d11_zhexic_i2cdriver/src/chip.sv:10.15-13.53" */
  always @(posedge io_in[12])
    if (!io_in[13]) _045_ <= 1'h0;
    else if (\mchip.slv.store ) _045_ <= \mchip.slv.the_sipo.out [2];
  /* \always_ff  = 32'd1 */
  /* src = "d11_zhexic_i2cdriver/src/toplevel_chip.v:10.13-15.6|d11_zhexic_i2cdriver/src/chip.sv:199.14-200.38|d11_zhexic_i2cdriver/src/chip.sv:485.5-491.8|d11_zhexic_i2cdriver/src/chip.sv:10.15-13.53" */
  always @(posedge io_in[12])
    if (!io_in[13]) _046_ <= 1'h0;
    else if (\mchip.slv.store ) _046_ <= \mchip.slv.the_sipo.out [3];
  /* \always_ff  = 32'd1 */
  /* src = "d11_zhexic_i2cdriver/src/toplevel_chip.v:10.13-15.6|d11_zhexic_i2cdriver/src/chip.sv:199.14-200.38|d11_zhexic_i2cdriver/src/chip.sv:485.5-491.8|d11_zhexic_i2cdriver/src/chip.sv:10.15-13.53" */
  always @(posedge io_in[12])
    if (!io_in[13]) _047_ <= 1'h0;
    else if (\mchip.slv.store ) _047_ <= \mchip.slv.the_sipo.out [4];
  /* \always_ff  = 32'd1 */
  /* src = "d11_zhexic_i2cdriver/src/toplevel_chip.v:10.13-15.6|d11_zhexic_i2cdriver/src/chip.sv:199.14-200.38|d11_zhexic_i2cdriver/src/chip.sv:485.5-491.8|d11_zhexic_i2cdriver/src/chip.sv:10.15-13.53" */
  always @(posedge io_in[12])
    if (!io_in[13]) _048_ <= 1'h0;
    else if (\mchip.slv.store ) _048_ <= \mchip.slv.the_sipo.out [5];
  /* \always_ff  = 32'd1 */
  /* src = "d11_zhexic_i2cdriver/src/toplevel_chip.v:10.13-15.6|d11_zhexic_i2cdriver/src/chip.sv:199.14-200.38|d11_zhexic_i2cdriver/src/chip.sv:485.5-491.8|d11_zhexic_i2cdriver/src/chip.sv:10.15-13.53" */
  always @(posedge io_in[12])
    if (!io_in[13]) _049_ <= 1'h0;
    else if (\mchip.slv.store ) _049_ <= \mchip.slv.the_sipo.out [6];
  /* \always_ff  = 32'd1 */
  /* src = "d11_zhexic_i2cdriver/src/toplevel_chip.v:10.13-15.6|d11_zhexic_i2cdriver/src/chip.sv:199.14-200.38|d11_zhexic_i2cdriver/src/chip.sv:485.5-491.8|d11_zhexic_i2cdriver/src/chip.sv:10.15-13.53" */
  always @(posedge io_in[12])
    if (!io_in[13]) _050_ <= 1'h0;
    else if (\mchip.slv.store ) _050_ <= \mchip.slv.the_sipo.out [7];
  /* \always_ff  = 32'd1 */
  /* src = "d11_zhexic_i2cdriver/src/toplevel_chip.v:10.13-15.6|d11_zhexic_i2cdriver/src/chip.sv:205.10-206.73|d11_zhexic_i2cdriver/src/chip.sv:456.5-472.8|d11_zhexic_i2cdriver/src/chip.sv:10.15-13.53" */
  always @(posedge io_in[12])
    if (!io_in[13]) _051_ <= 1'h0;
    else if (_001_) _051_ <= _007_;
  /* \always_ff  = 32'd1 */
  /* src = "d11_zhexic_i2cdriver/src/toplevel_chip.v:10.13-15.6|d11_zhexic_i2cdriver/src/chip.sv:205.10-206.73|d11_zhexic_i2cdriver/src/chip.sv:456.5-472.8|d11_zhexic_i2cdriver/src/chip.sv:10.15-13.53" */
  always @(posedge io_in[12])
    if (!io_in[13]) _052_ <= 1'h0;
    else if (_001_) _052_ <= _008_;
  /* \always_ff  = 32'd1 */
  /* src = "d11_zhexic_i2cdriver/src/toplevel_chip.v:10.13-15.6|d11_zhexic_i2cdriver/src/chip.sv:205.10-206.73|d11_zhexic_i2cdriver/src/chip.sv:456.5-472.8|d11_zhexic_i2cdriver/src/chip.sv:10.15-13.53" */
  always @(posedge io_in[12])
    if (!io_in[13]) _053_ <= 1'h0;
    else if (_001_) _053_ <= _009_;
  /* \always_ff  = 32'd1 */
  /* src = "d11_zhexic_i2cdriver/src/toplevel_chip.v:10.13-15.6|d11_zhexic_i2cdriver/src/chip.sv:205.10-206.73|d11_zhexic_i2cdriver/src/chip.sv:456.5-472.8|d11_zhexic_i2cdriver/src/chip.sv:10.15-13.53" */
  always @(posedge io_in[12])
    if (!io_in[13]) _054_ <= 1'h0;
    else if (_001_) _054_ <= _010_;
  /* \always_ff  = 32'd1 */
  /* src = "d11_zhexic_i2cdriver/src/toplevel_chip.v:10.13-15.6|d11_zhexic_i2cdriver/src/chip.sv:205.10-206.73|d11_zhexic_i2cdriver/src/chip.sv:456.5-472.8|d11_zhexic_i2cdriver/src/chip.sv:10.15-13.53" */
  always @(posedge io_in[12])
    if (!io_in[13]) _055_ <= 1'h0;
    else if (_001_) _055_ <= _011_;
  /* \always_ff  = 32'd1 */
  /* src = "d11_zhexic_i2cdriver/src/toplevel_chip.v:10.13-15.6|d11_zhexic_i2cdriver/src/chip.sv:205.10-206.73|d11_zhexic_i2cdriver/src/chip.sv:456.5-472.8|d11_zhexic_i2cdriver/src/chip.sv:10.15-13.53" */
  always @(posedge io_in[12])
    if (!io_in[13]) _056_ <= 1'h0;
    else if (_001_) _056_ <= _012_;
  /* \always_ff  = 32'd1 */
  /* src = "d11_zhexic_i2cdriver/src/toplevel_chip.v:10.13-15.6|d11_zhexic_i2cdriver/src/chip.sv:205.10-206.73|d11_zhexic_i2cdriver/src/chip.sv:456.5-472.8|d11_zhexic_i2cdriver/src/chip.sv:10.15-13.53" */
  always @(posedge io_in[12])
    if (!io_in[13]) _057_ <= 1'h0;
    else if (_001_) _057_ <= _013_;
  /* \always_ff  = 32'd1 */
  /* src = "d11_zhexic_i2cdriver/src/toplevel_chip.v:10.13-15.6|d11_zhexic_i2cdriver/src/chip.sv:205.10-206.73|d11_zhexic_i2cdriver/src/chip.sv:456.5-472.8|d11_zhexic_i2cdriver/src/chip.sv:10.15-13.53" */
  always @(posedge io_in[12])
    if (!io_in[13]) _058_ <= 1'h0;
    else if (_001_) _058_ <= _014_;
  /* \always_ff  = 32'd1 */
  /* src = "d11_zhexic_i2cdriver/src/toplevel_chip.v:10.13-15.6|d11_zhexic_i2cdriver/src/chip.sv:205.10-206.73|d11_zhexic_i2cdriver/src/chip.sv:456.5-472.8|d11_zhexic_i2cdriver/src/chip.sv:10.15-13.53" */
  always @(posedge io_in[12])
    if (!io_in[13]) _059_ <= 1'h0;
    else if (_001_) _059_ <= _002_;
  /* \always_ff  = 32'd1 */
  /* src = "d11_zhexic_i2cdriver/src/toplevel_chip.v:10.13-15.6|d11_zhexic_i2cdriver/src/chip.sv:205.10-206.73|d11_zhexic_i2cdriver/src/chip.sv:456.5-472.8|d11_zhexic_i2cdriver/src/chip.sv:10.15-13.53" */
  always @(posedge io_in[12])
    if (!io_in[13]) _060_ <= 1'h0;
    else if (_001_) _060_ <= _003_;
  /* \always_ff  = 32'd1 */
  /* src = "d11_zhexic_i2cdriver/src/toplevel_chip.v:10.13-15.6|d11_zhexic_i2cdriver/src/chip.sv:205.10-206.73|d11_zhexic_i2cdriver/src/chip.sv:456.5-472.8|d11_zhexic_i2cdriver/src/chip.sv:10.15-13.53" */
  always @(posedge io_in[12])
    if (!io_in[13]) _061_ <= 1'h0;
    else if (_001_) _061_ <= _004_;
  /* \always_ff  = 32'd1 */
  /* src = "d11_zhexic_i2cdriver/src/toplevel_chip.v:10.13-15.6|d11_zhexic_i2cdriver/src/chip.sv:205.10-206.73|d11_zhexic_i2cdriver/src/chip.sv:456.5-472.8|d11_zhexic_i2cdriver/src/chip.sv:10.15-13.53" */
  always @(posedge io_in[12])
    if (!io_in[13]) _062_ <= 1'h1;
    else if (_001_) _062_ <= _005_;
  /* \always_ff  = 32'd1 */
  /* src = "d11_zhexic_i2cdriver/src/toplevel_chip.v:10.13-15.6|d11_zhexic_i2cdriver/src/chip.sv:205.10-206.73|d11_zhexic_i2cdriver/src/chip.sv:456.5-472.8|d11_zhexic_i2cdriver/src/chip.sv:10.15-13.53" */
  always @(posedge io_in[12])
    if (!io_in[13]) _063_ <= 1'h0;
    else if (_001_) _063_ <= _006_;
  /* \always_ff  = 32'd1 */
  /* src = "d11_zhexic_i2cdriver/src/toplevel_chip.v:10.13-15.6|d11_zhexic_i2cdriver/src/chip.sv:193.10-194.71|d11_zhexic_i2cdriver/src/chip.sv:418.5-433.8|d11_zhexic_i2cdriver/src/chip.sv:10.15-13.53" */
  always @(posedge io_in[12])
    if (!io_in[13]) _064_ <= 1'h0;
    else if (_000_) _064_ <= _015_;
  /* \always_ff  = 32'd1 */
  /* src = "d11_zhexic_i2cdriver/src/toplevel_chip.v:10.13-15.6|d11_zhexic_i2cdriver/src/chip.sv:193.10-194.71|d11_zhexic_i2cdriver/src/chip.sv:418.5-433.8|d11_zhexic_i2cdriver/src/chip.sv:10.15-13.53" */
  always @(posedge io_in[12])
    if (!io_in[13]) _065_ <= 1'h0;
    else if (_000_) _065_ <= _016_;
  /* \always_ff  = 32'd1 */
  /* src = "d11_zhexic_i2cdriver/src/toplevel_chip.v:10.13-15.6|d11_zhexic_i2cdriver/src/chip.sv:193.10-194.71|d11_zhexic_i2cdriver/src/chip.sv:418.5-433.8|d11_zhexic_i2cdriver/src/chip.sv:10.15-13.53" */
  always @(posedge io_in[12])
    if (!io_in[13]) _066_ <= 1'h0;
    else if (_000_) _066_ <= _017_;
  /* \always_ff  = 32'd1 */
  /* src = "d11_zhexic_i2cdriver/src/toplevel_chip.v:10.13-15.6|d11_zhexic_i2cdriver/src/chip.sv:193.10-194.71|d11_zhexic_i2cdriver/src/chip.sv:418.5-433.8|d11_zhexic_i2cdriver/src/chip.sv:10.15-13.53" */
  always @(posedge io_in[12])
    if (!io_in[13]) _067_ <= 1'h0;
    else if (_000_) _067_ <= _018_;
  assign { io_out[13:10], io_out[1:0] } = { 2'h0, \mchip.slv.wr_down , \mchip.slv.writeOK , \mchip.slv.wr_up , \mchip.slv.SDA_out  };
  assign \mchip.clock  = io_in[12];
  assign \mchip.io_in  = io_in[11:0];
  assign \mchip.io_out  = { \mchip.slv.wr_down , \mchip.slv.writeOK , io_out[9:2], \mchip.slv.wr_up , \mchip.slv.SDA_out  };
  assign \mchip.reset  = io_in[13];
  assign \mchip.slv.SCL  = io_in[1];
  assign \mchip.slv.SDA_in  = io_in[0];
  assign \mchip.slv.clock  = io_in[12];
  assign \mchip.slv.data_in  = io_in[9:2];
  assign \mchip.slv.data_incoming  = io_in[10];
  assign \mchip.slv.data_out  = io_out[9:2];
  assign \mchip.slv.register_out  = io_out[9:2];
  assign \mchip.slv.reset  = io_in[13];
  assign \mchip.slv.scl_high  = io_in[1];
  assign \mchip.slv.scl_nextstate  = io_in[1];
  assign \mchip.slv.sda_high  = io_in[0];
  assign \mchip.slv.sda_nextstate  = io_in[0];
  assign \mchip.slv.sipo_out  = { \mchip.slv.the_sipo.out [7:1], \mchip.slv.r1w0  };
  assign \mchip.slv.the_piso.clock  = io_in[12];
  assign \mchip.slv.the_piso.data_in  = io_in[9:2];
  assign \mchip.slv.the_piso.reset  = io_in[13];
  assign \mchip.slv.the_reg.clock  = io_in[12];
  assign \mchip.slv.the_reg.enable  = \mchip.slv.store ;
  assign \mchip.slv.the_reg.in  = { \mchip.slv.the_sipo.out [7:1], \mchip.slv.r1w0  };
  assign \mchip.slv.the_reg.out  = io_out[9:2];
  assign \mchip.slv.the_reg.reset  = io_in[13];
  assign \mchip.slv.the_sipo.clock  = io_in[12];
  assign \mchip.slv.the_sipo.data_in  = io_in[0];
  assign \mchip.slv.the_sipo.out [0] = \mchip.slv.r1w0 ;
  assign \mchip.slv.the_sipo.reset  = io_in[13];
endmodule